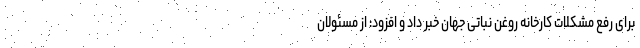
برای رفع مشکلات کارخانه روغن نباتی جهان خبر داد و افزود: از مسئولان